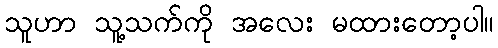
သူဟာ သူ့သက်ကို အလေး မထားတော့ပါ။